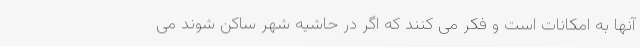
آنها به امکانات است و فکر می کنند که اگر در حاشیه شهر ساکن شوند می